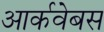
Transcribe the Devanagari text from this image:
आर्कवेबस